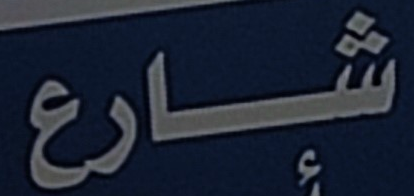
شارع